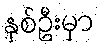
နှစ်ဦးမှာ